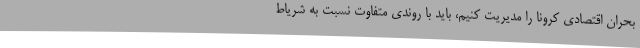
بحران اقتصادی کرونا را مدیریت کنیم، باید با روندی متفاوت نسبت به شریاط